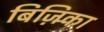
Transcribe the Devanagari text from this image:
बिज़िका